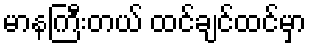
မာနကြီးတယ် ထင်ချင်ထင်မှာ